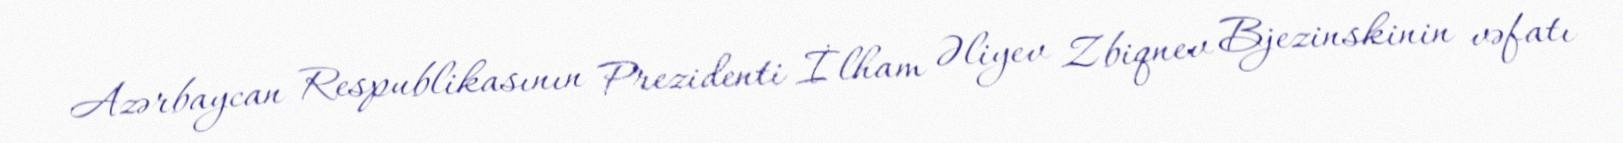
Azərbaycan Respublikasının Prezidenti İlham Əliyev Zbiqnev Bjezinskinin vəfatı